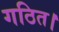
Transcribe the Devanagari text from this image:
गठित।